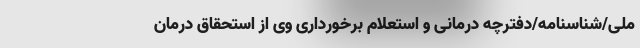
ملی/شناسنامه/دفترچه درمانی و استعلام برخورداری وی از استحقاق درمان